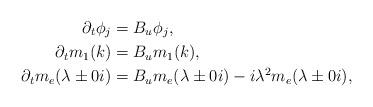
LaTeX: \begin{align*}\partial_t \phi_j &= B_u\phi_j, \\\partial_t m_1(k) &=B_um_1(k), \\\partial_t m_e(\lambda\pm 0i) &= B_um_e(\lambda\pm 0i)-i\lambda^2m_e(\lambda\pm 0i), \end{align*}